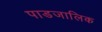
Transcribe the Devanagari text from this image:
पाडजालिक